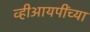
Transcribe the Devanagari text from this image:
व्हीआयपींच्या